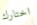
اختارك